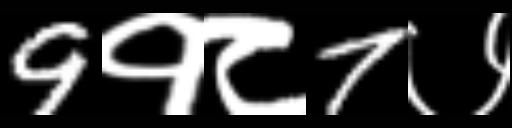
Text: 9१८7७